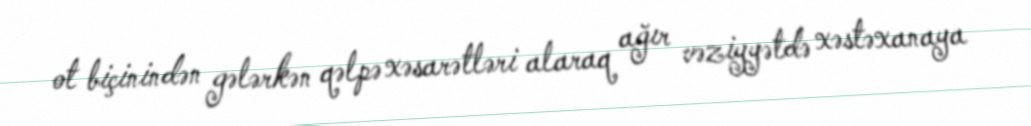
ot biçinindən gələrkən qəlpə xəsarətləri alaraq ağır vəziyyətdə xəstəxanaya